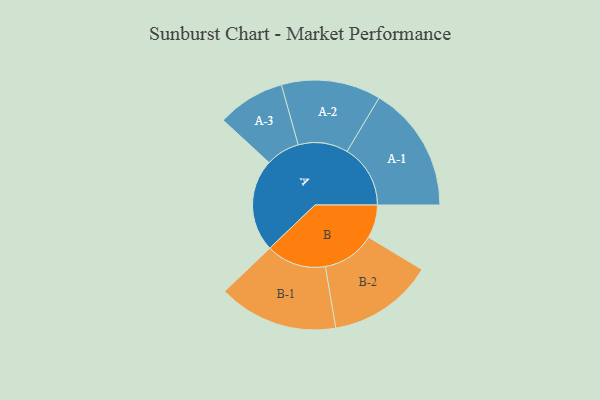
{"axis": {"x": "Segment", "y": "Value"}, "legend": ["", "A", "B"], "data": [{"x": "A", "y": 431, "type": ""}, {"x": "B", "y": 155, "type": ""}, {"x": "A-1", "y": 295, "type": "A"}, {"x": "A-2", "y": 232, "type": "A"}, {"x": "A-3", "y": 158, "type": "A"}, {"x": "B-1", "y": 279, "type": "B"}, {"x": "B-2", "y": 246, "type": "B"}]}